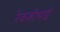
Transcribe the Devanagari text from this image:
रेवजीभाई